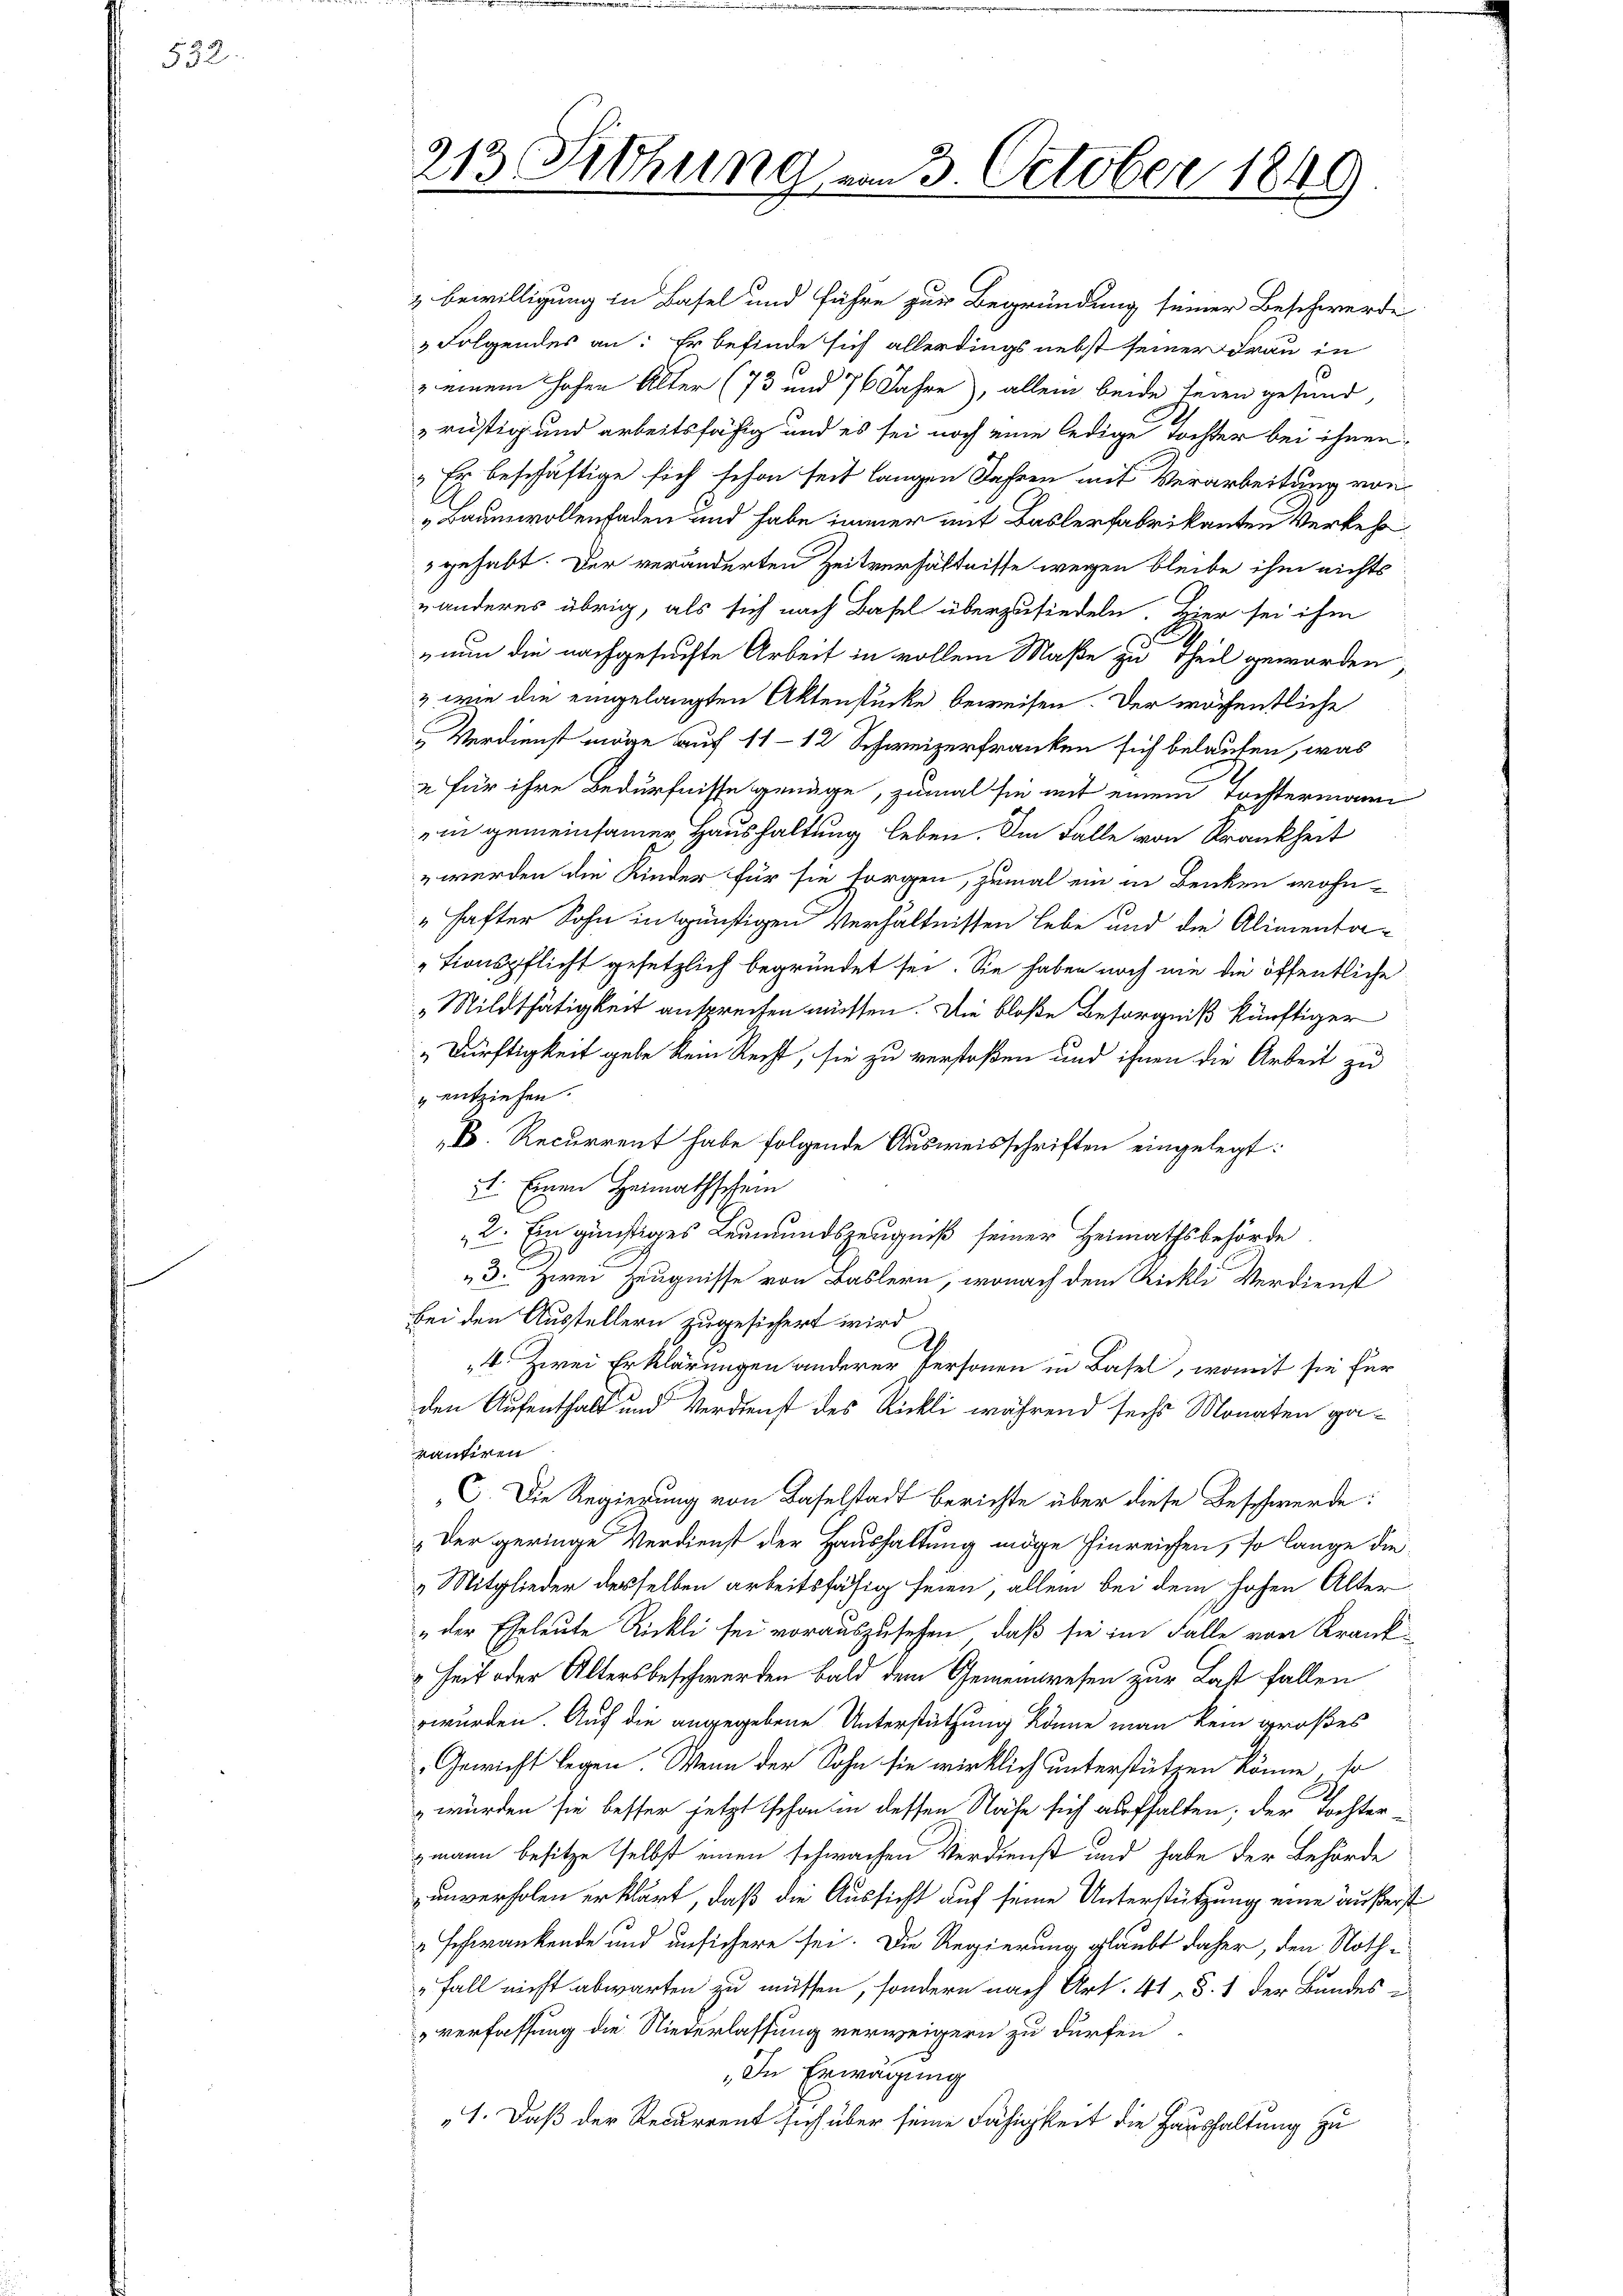
532.

213. Mohung am 3. October 1849

& bewilligung in Basel und führe zur Begründung seiner Beschwerde
 Folgendes an: Er befinde sich allerdings nebst seiner Frau in
3 einem hohen Alter (73 und 76 Jahre), allein beide seien gesund,
rüstig und arbeitsfähig und es sei noch eine ledige Tochter bei ihnen
„Er beschäftige sich schon seit langen Jahren mit Verarbeitung von
„Baumwollenfaden und habe immer mit Baslerfabrikanten Verkehr
3 gehabt. Der veränderten Zeitverhältnisse wegen bleibe ihm nichts
nanderes übrig, als sich nach Basel überzusiedeln. Hier sei ihm
nun die nachgesuchte Arbeit in vollem Maße zu Theil geworden
& wie die eingelangten Aktenstücke beweisen. Der wöchentliche
Verdienst möge auf 11 - 12 Schweizerfranken sich belaufen, was
2 für ihre Bedürfnisse genüge, zumal sie mit einem Tochtermann
in gemeinsamer, Haushaltung leben. Im Falle von Krankheit
" werden die Kinder für sie sorgen, zumal ein in Benken wohn¬
" hafter Sohn in günstigen Verhältnissen lebe und die Alimentationspflicht gesetzlich begründet sei. Sie haben noch nie die öffentliche
"Mildthätigkeit ansprechen müssen. Die bloße Besorgniß künftiger
„Dürftigkeit gebe kein Recht, sie zu verstoßen und ihnen die Arbeit zu
 entziehen.
D. Recurrent habe folgende Ausweisschriften eingelegt:
t. Einen Heimathschein
2. Ein günstiges Leumundszeugniß seiner Heimathsbehörde
3. Zwei Zeugnisse von Baslern, wonach dem Rickli Verdienst
bei den Ausstellern zugesichert wird
A
4. Zwei Erklärungen anderer Personen in Basel, womit sie für
den Aufenthalt und Verdienst des Röckli während sechs Monaten garantiren
G. Die Regierung von Baselstadt berichte über diese Beschwerde:
„Der geringe Verdienst der Haushaltung möge hinreichen, so lange die
Mitglieder desselben arbeitsfähig seien, allein bei dem hohen Alter
„der Eheleute Rickli sei vorauszusehen, daß sie im Falle von Krank¬
Zeit oder Altersbeschwerden bald dem Gemeindresen zur Last fallen
wurden. Auf die angegebene Unterstützung könne man kein großes
Gewicht legen. Wenn der Sohn sie wirklich unterstützen könne, so
2
 wurden sie besser jetzt schon in dessen Nähe sich aufhalten; der Tochter-
zmann besitze selbst einen schwachen Verdienst und habe der Behörde
unverholen erklärt, daß die Aussicht auf seine Unterstützung eine äußerst
 schwankende und unsichere sei. Die Regierung glaubt daher, den Noth¬
„Fall nicht abwarten zu müssen, sondern nach Art. 41 §. 1 der Bundes-
verfassung die Niederlassung verweigern zu dürfen.
In Erwägung
„1. Daß der Recurrent sich über seine Fähigkeit die Haushaltung zu